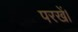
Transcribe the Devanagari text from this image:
परखें।